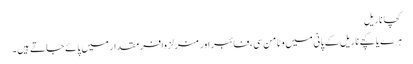
کچا ناریل
ہرے یا کچے ناریل کے پانی میں وٹامن سی، فائبر اور منرلز وافر مقدار میں پائے جاتے ہیں۔